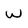
Character: w